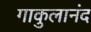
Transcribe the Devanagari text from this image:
गाकुलानंद